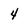
Character: 4